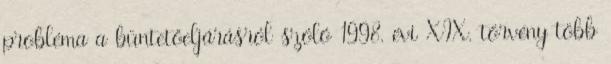
probléma a büntetőeljárásról szóló 1998. évi XIX. törvény több